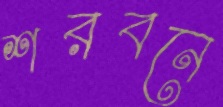
শরবনে